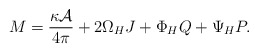
\begin{align*}M = {\kappa{\cal A}\over 4\pi} + 2\Omega_HJ + \Phi_HQ + \Psi_HP.\end{align*}